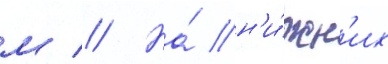
м // На́ н'и́жн'их